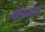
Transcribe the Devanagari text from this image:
बोरघाटात